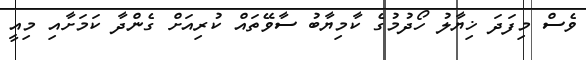
ވެސް މިފަދަ ޚިޔާލު ހޯދުމުގެ ކާމިޔާބު ސާވޭތައް ކުރިއަށް ގެންދާ ކަމަށާއި މިއީ